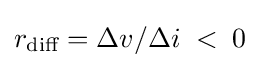
r_{\text{diff}}=\Delta v/\Delta i\;<\;0